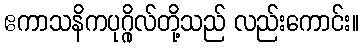
ဧကာသနိကပုဂ္ဂိုလ်တို့သည် လည်းကောင်း။